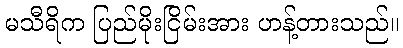
မသီရိက ပြည်မိုးငြိမ်းအား ဟန့်တားသည်။